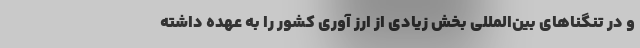
و در تنگناهای بین‌المللی بخش زیادی از ارز آوری کشور را به عهده داشته